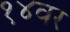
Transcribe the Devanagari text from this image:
१४वर